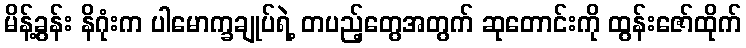
မိန့်ခွန်း နိဂုံးက ပါမောက္ခချုပ်ရဲ့ တပည့်တွေအတွက် ဆုတောင်းကို ထွန်းဇော်ထိုက်